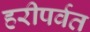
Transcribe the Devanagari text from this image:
हरीपर्वत